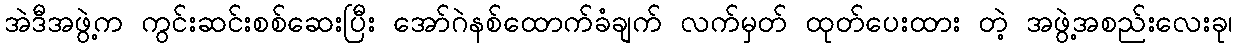
အဲဒီအဖွဲ့က ကွင်းဆင်းစစ်ဆေးပြီး အော်ဂဲနစ်ထောက်ခံချက် လက်မှတ် ထုတ်ပေးထား တဲ့ အဖွဲ့အစည်းလေးခု၊